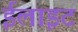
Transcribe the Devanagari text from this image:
ईलाइट